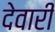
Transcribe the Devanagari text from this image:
देवारी